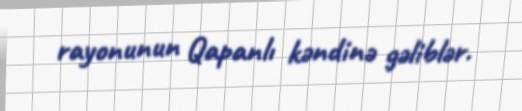
rayonunun Qapanlı kəndinə gəliblər.